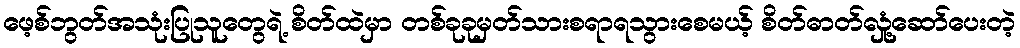
ဖေ့စ်ဘွတ်အသုံးပြုသူတွေရဲ့ စိတ်ထဲမှာ တစ်ခုခုမှတ်သားစရာရသွားစေမယ့် စိတ်ဓာတ်လှုံ့ဆော်ပေးတဲ့